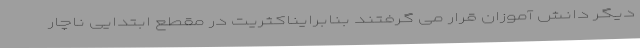
دیگر دانش آموزان قرار می گرفتند بنابرایناکثریت در مقطع ابتدایی ناچار